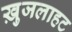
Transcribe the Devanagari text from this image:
ख़ुजलाहट